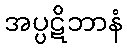
အပ္ပဋိဘာနံ